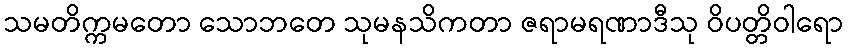
သမတိက္ကမတော သောဘတေ သုမနသိကတာ ဇရာမရဏာဒီသု ဝိပတ္တိဝါရော